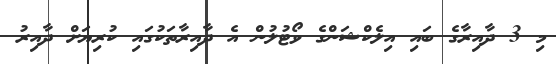
މި 3 ދާއިރާގެ ބައި އިލެކްޝަންގެ ވޯޓުލުން އެ ދާއިރާތަކުގައި ކުރިޔަށް ދާއިރު